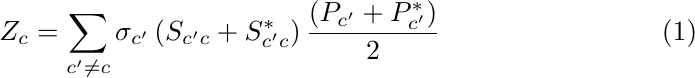
\begin{equation}
	Z_c = \sum_{c' \neq c} \sigma_{c'} \left(S_{c'c} + S^*_{c'c}\right) \displaystyle\frac{\left(P_{c'} +P^*_{c'}\right)}2
	\label{eq1}
\end{equation}